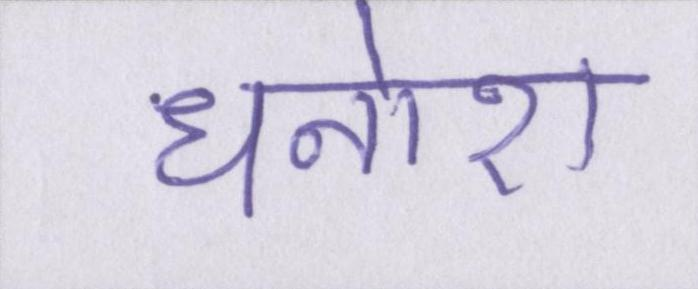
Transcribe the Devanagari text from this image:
धनोरा